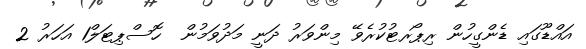
އައްޑޫގައި ޑެންގީހުން ރިޕޯރޓުކުރެވޭ މިންވަރު ދަނީ މަދުވަމުން  ހޮސްޕިޓަލް1 އަހަރު 2